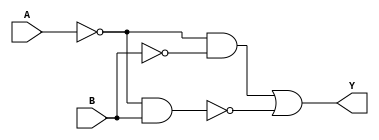
module XOR_gate (
  input wire A,
  input wire B,
  output wire Y
);

  wire not_A, not_B, NAND_out;

  // Inverters
  assign not_A = ~A;
  assign not_B = ~B;

  // NAND gate
  assign NAND_out = ~(not_A & B);

  // Output
  assign Y = not_A & not_B | NAND_out;

endmodule